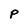
Character: p